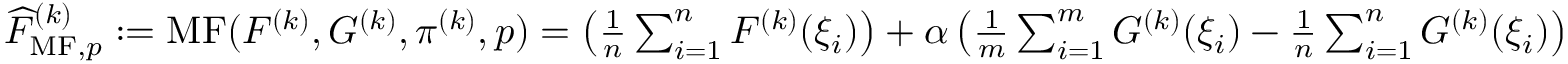
\begin{array} { r } { \widehat { F } _ { \mathrm { M F } , p } ^ { ( k ) } : = \operatorname { M F } ( F ^ { ( k ) } , G ^ { ( k ) } , \pi ^ { ( k ) } , p ) = \left( \frac { 1 } { n } \sum _ { i = 1 } ^ { n } F ^ { ( k ) } ( \xi _ { i } ) \right) + \alpha \left( \frac { 1 } { m } \sum _ { i = 1 } ^ { m } G ^ { ( k ) } ( \xi _ { i } ) - \frac { 1 } { n } \sum _ { i = 1 } ^ { n } G ^ { ( k ) } ( \xi _ { i } ) \right) } \end{array}